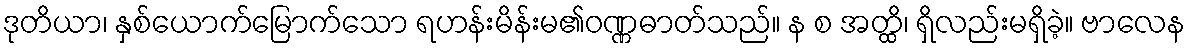
ဒုတိယာ၊ နှစ်ယောက်မြောက်သော ရဟန်းမိန်းမ၏ဝဏ္ဏဓာတ်သည်။ န စ အတ္ထိ၊ ရှိလည်းမရှိခဲ့။ ဗာလေန